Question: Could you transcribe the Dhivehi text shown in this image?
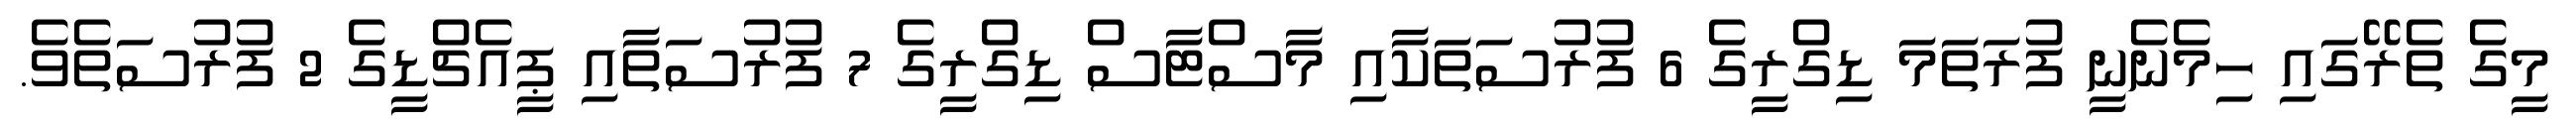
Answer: މީގެ ތެރޭގައި ހިމެނެނީ ފުރަތަމަ ޑިގްރީގެ 6 ފުރުސަތަކާއި މާސްޓާސް ޑިގްރީގެ 7 ފުރުސަތާއި ޕީއެޗްޑީގެ 2 ފުރުސަތެވެ.